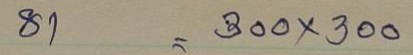
81 = 300x300